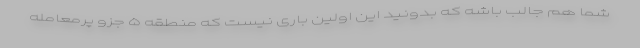
شما هم جالب باشه که بدونید این اولین باری نیست که منطقه ۵ جزو پرمعامله